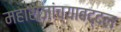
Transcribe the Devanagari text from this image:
महाराजांच्याबद्दल